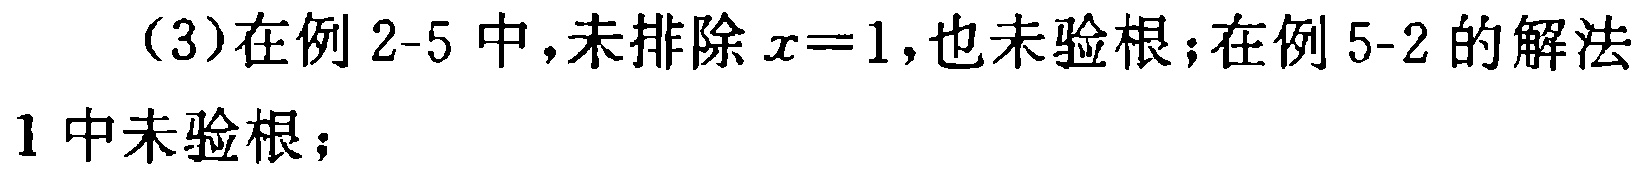
（3）在例 2-5 中，未排除 \(x = 1\)，也未验根；在例 5-2 的解法1中未验根；